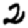
Digit: 2